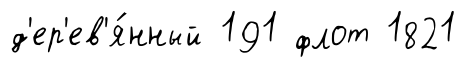
д'ер'ев'я́нный 191 флот 1821